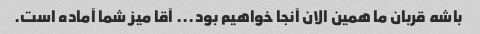
باشه قربان ما همین الان آنجا خواهیم بود... آقا میز شما آماده است.